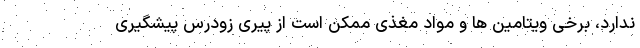
ندارد، برخی ویتامین ها و مواد مغذی ممکن است از پیری زودرس پیشگیری